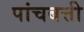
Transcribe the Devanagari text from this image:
पांचबत्ती